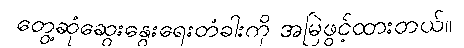
တွေ့ဆုံဆွေးနွေးရေးတံခါးကို အမြဲဖွင့်ထားတယ်။